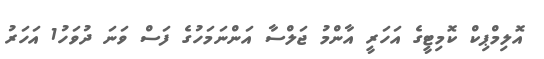
އޮލިމްޕިކް ކޮމިޓީގެ އަހަރީ އާންމު ޖަލްސާ އަންނަމަހުގެ ފަސް ވަނަ ދުވަހު1 އަހަރު